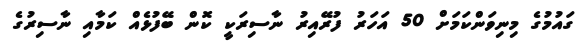
ގައުމުގެ މިނިވަންކަމަށް 50 އަހަރު ފުރޭއިރު ނާސިރަކީ ކޮން ބޭފުޅެއް ކަމާއި ނާސިރުގެ